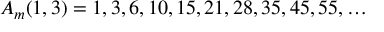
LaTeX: A _ { m } ( 1 , 3 ) = 1 , 3 , 6 , 1 0 , 1 5 , 2 1 , 2 8 , 3 5 , 4 5 , 5 5 , \ldots